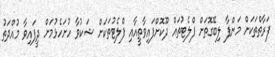
ފަރާތްތަކަށް މަންފާ ލިބޭގޮތަށް ފްލެޓުތައް ދޫކޮށްފައިވާތީއާއި ފްލެޓުތަކަށް ޝަކުވާ ހުށަހެޅުމަށް ދީފައިވާ މުއްދަތު